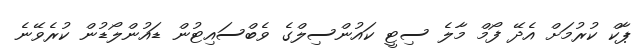
ޕާކް ކުރުމަށް އެދޭ ފޯމް މާލެ ސިޓީ ކައުންސިލްގެ ވެބްސައިޓުން ޑައުންލޯޑުން ކުރެވޭނެ